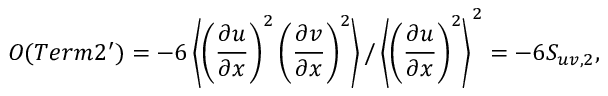
{ \cal O } ( T e r m 2 ^ { \prime } ) = - 6 \left\langle { \left( \frac { \partial u } { \partial x } \right) ^ { 2 } \left( \frac { \partial v } { \partial x } \right) ^ { 2 } } \right\rangle / \left\langle { \left( \frac { \partial u } { \partial x } \right) ^ { 2 } } \right\rangle ^ { 2 } = - 6 S _ { u v , 2 } ,